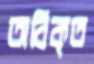
অবিকৃত